Treatise on elephants
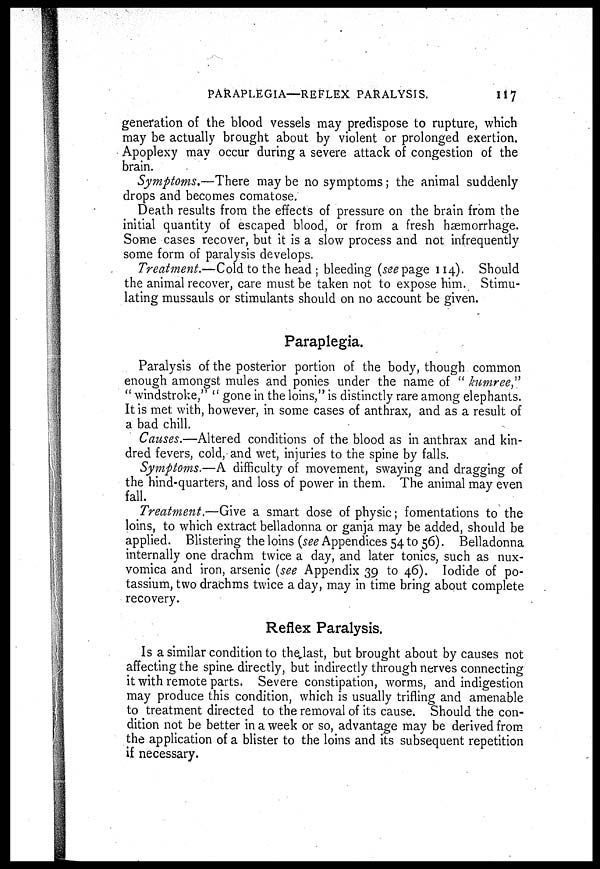
PARAPLEGIA—REFLEX PARALYSIS.
117
generation of the blood vessels may predispose to rupture, which
may be actually brought about by violent or prolonged exertion.
Apoplexy may occur during a severe attack of congestion of the
brain.
Symptoms.—There may be no symptoms ; the animal suddenly
drops and becomes comatose.
Death results from the effects of pressure on the brain from the
initial quantity of escaped blood, or from a fresh haemorrhage.
Some cases recover, but it is a slow process and not infrequently
some form of paralysis develops.
Treatment.—Cold to the head ; bleeding (see page 114). Should
the animal recover, care must be taken not to expose him. Stimu-
lating mussauls or stimulants should on no account be given.
Paraplegia.
Paralysis of the posterior portion of the body, though common
enough amongst mules and ponies under the name of "kumree,"
" windstroke," " gone in the loins," is distinctly rare among elephants.
It is met with, however, in some cases of anthrax, and as a result of
a bad chill.
Causes.—Altered conditions of the blood as in anthrax and kin-
dred fevers, cold, and wet, injuries to the spine by falls.
Symptoms.—A difficulty of movement, swaying and dragging of
the hind-quarters, and loss of power in them. The animal may even
fall.
Treatment.—Give a smart dose of physic; fomentations to the
loins, to which extract belladonna or ganja may be added, should be
applied. Blistering the loins (see Appendices 54 to 56). Belladonna
internally one drachm twice a day, and later tonics, such as nux-
vomica and iron, arsenic (see Appendix 39 to 46). Iodide of po-
tassium, two drachms twice a day, may in time bring about complete
recovery.
Reflex Paralysis.
Is a similar condition to the last, but brought about by causes not
affecting the spine directly, but indirectly through nerves connecting
it with remote parts. Severe constipation, worms, and indigestion
may produce this condition, which is usually trifling and amenable
to treatment directed to the removal of its cause. Should the con-
dition not be better in a week or so, advantage may be derived from
the application of a blister to the loins and its subsequent repetition
if necessary.